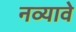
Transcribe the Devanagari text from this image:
नव्यावे